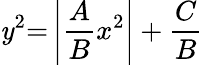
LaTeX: \mathit{y}^{2}{=}\left|{\frac{{A}}{{B}}}x^{2}\right|+{\frac{{C}}{{B}}}